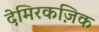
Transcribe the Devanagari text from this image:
देमिरकज़िक